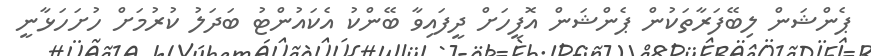
ޕެންޝަން ލިބޭފަރާތަކުން ޕެންޝަން އޮފީހަށް ދީފައިވާ ބޭންކު އެކައުންޓު ބަދަލު ކުރުމަށް ހުށަހަޅާނީ